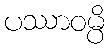
ပဿာဝမ္ပိ